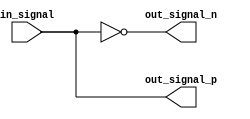
module differential_buffer (
    input wire in_signal,
    output wire out_signal_p,
    output wire out_signal_n
);

assign out_signal_p = in_signal;
assign out_signal_n = ~in_signal;

endmodule